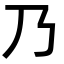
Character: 乃